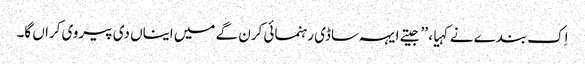
اِک بندے نے کہیا، ’’جیتے ایہہ ساڈی رہنمائی کرن گے میں ایناں دی پیروی کراں گا۔